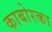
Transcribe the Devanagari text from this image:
काबोरका